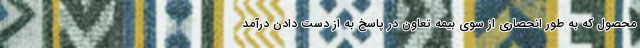
محصول که به طور انحصاری از سوی بیمه تعاون در پاسخ به از دست دادن درآمد